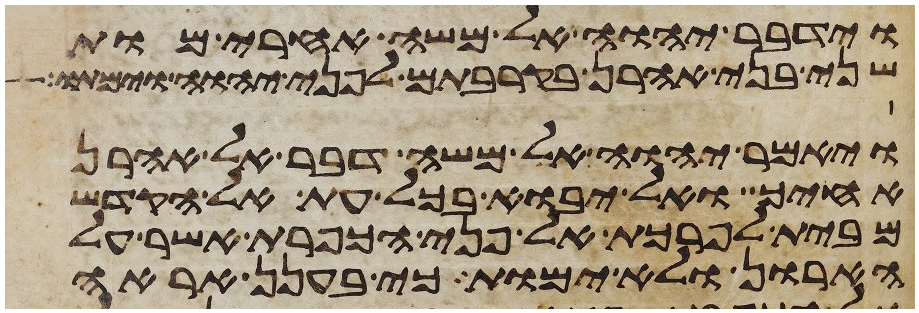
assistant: וידבר יהוה אל משה אחרי מות
שני בני אהרן בקרבתם לפני יהוה וימתו
ויאמר יהוה אל משה דבר אל אהרן
אחיך ואל יבוא בכל עת אל הקדש
מבית לפרכת אל פני הכפרת אשר על
הארון ולא ימות כי בענן אראה